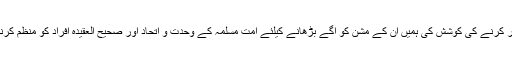
علامہ کاظمی رحمتہ اللہ علیہ نے ہمیشہ وجوہ اختلاف کو دور کرنے کی کوشش کی ہمیں ان کے مشن کو آگے بڑھانے کیلئے امت مسلمہ کے وحدت و اتحاد اور صحیح العقیدہ افراد کو منظم کرنے کیلئے علامہ کاظمی رحمتہ اللہ علیہ کی تقلید کرناچاہئے۔